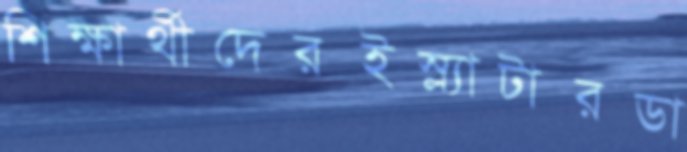
শিক্ষার্থীদেরইস্ল্যাটারডা